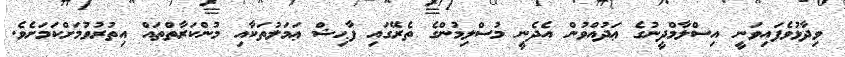
ވިދާޅުވެފައިވަނީ އިސްލާމްދީނުގެ ޢަދުއްވުން އެދެނީ މުސްލިމުންގެ ތެރޭގައި ފާޙިޝް ޢަމަލުތަކާއި މުންކަރާތްތައް އިތުރުވުމަށްކަމަށެވެ.